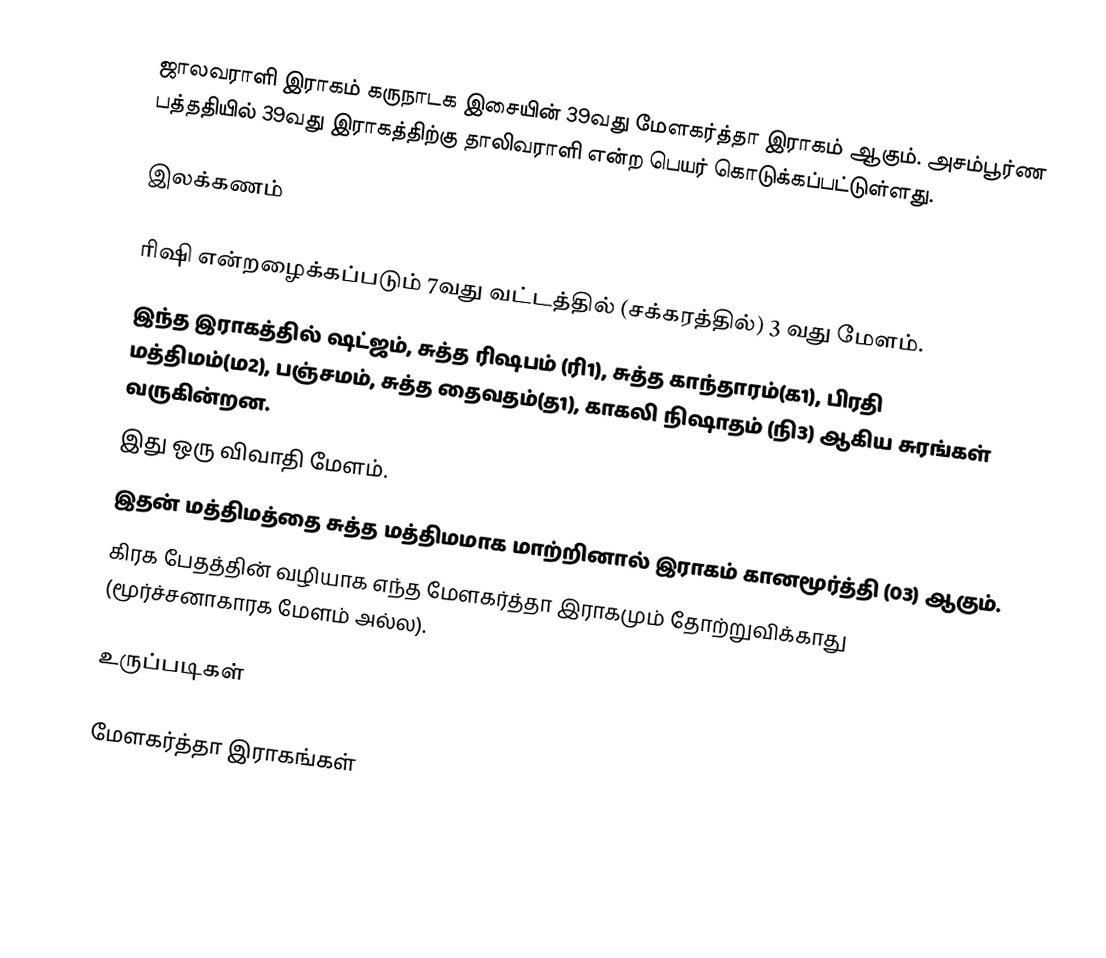
ஜாலவராளி இராகம் கருநாடக இசையின் 39வது மேளகர்த்தா இராகம் ஆகும். அசம்பூர்ண பத்ததியில் 39வது இராகத்திற்கு தாலிவராளி என்ற பெயர் கொடுக்கப்பட்டுள்ளது.

இலக்கணம்

 ரிஷி என்றழைக்கப்படும் 7வது வட்டத்தில் (சக்கரத்தில்) 3 வது மேளம்.
 இந்த இராகத்தில் ஷட்ஜம், சுத்த ரிஷபம் (ரி1), சுத்த காந்தாரம்(க1), பிரதி மத்திமம்(ம2), பஞ்சமம், சுத்த தைவதம்(த1), காகலி நிஷாதம் (நி3) ஆகிய சுரங்கள் வருகின்றன.
 இது ஒரு விவாதி மேளம்.
 இதன் மத்திமத்தை சுத்த மத்திமமாக மாற்றினால் இராகம் கானமூர்த்தி (03) ஆகும்.
 கிரக பேதத்தின் வழியாக எந்த மேளகர்த்தா இராகமும் தோற்றுவிக்காது (மூர்ச்சனாகாரக மேளம் அல்ல).

உருப்படிகள்

மேளகர்த்தா இராகங்கள்